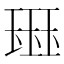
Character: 𰢊